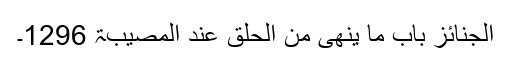
الجنائز باب ما ینھی من الحلق عند المصیبۃ 1296۔